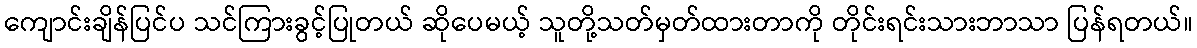
ကျောင်းချိန်ပြင်ပ သင်ကြားခွင့်ပြုတယ် ဆိုပေမယ့် သူတို့သတ်မှတ်ထားတာကို တိုင်းရင်းသားဘာသာ ပြန်ရတယ်။